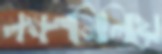
লক্ষণমিলিয়ে